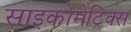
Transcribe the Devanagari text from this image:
साइकोमेट्रिक्स